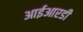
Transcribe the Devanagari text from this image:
आईआरडी